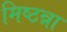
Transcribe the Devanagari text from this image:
मिष्ठन्ना